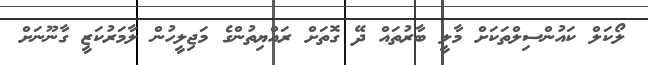
ލޯކަލް ކައުންސިލްތަކަށް މާލީ ބާރުތައް ދޭ ގޮތަށް ރައްޔިތުންގެ މަޖިލީހުން ލާމަރުކަޒީ ގާނޫނަށް